Document type: Testament
Year: 1300
Scribe: Bonanat d'Esparreguera
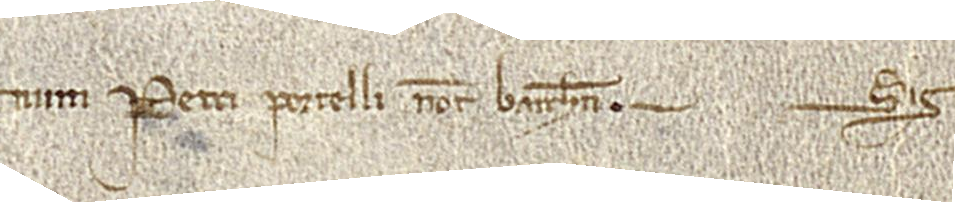
num Petri Portelli, notarii Barchinone. Sig